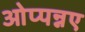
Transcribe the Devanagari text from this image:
ओप्पन्नए